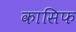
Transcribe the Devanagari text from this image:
कासिफ